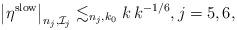
LaTeX: \begin{align*} \left| \eta^{\rm slow} \right|_{n_j,\mathcal{I}_j}\lesssim_{n_j,k_0} k \, k^{-1/6},j = 5,6,\end{align*}